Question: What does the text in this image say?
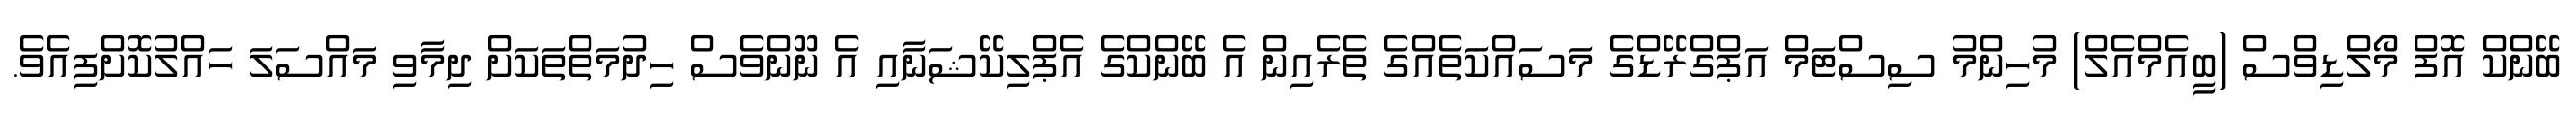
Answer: ބޭންކް އޮފް މޯލްޑިވްސް (ބީއެމްއެލް) މުހިންމު ސިސްޓަމް އަޕްގްރޭޑްގެ މަސައްކަތެއްގެ ތެރެއިން އެ ބޭންކްގެ އެޕްލިކޭޝަނާއި އެ ނޫންވެސް ހިދުމަތްތަކަށް ދިމާވި މައްސަލަ ހައްލުކޮށްފިއެވެ.